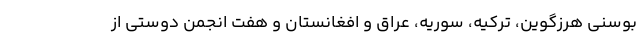
بوسنی هرزگوین، ترکیه، سوریه، عراق و افغانستان و هفت انجمن دوستی از